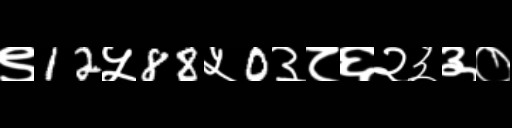
Text: ९12५88५0३८६२३३०